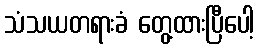
သံသယတရားခံ တွေ့ထားပြီပေါ့